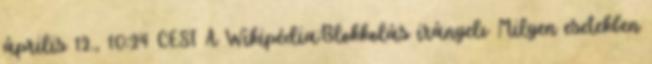
április 12., 10:24 CEST A Wikipédia:Blokkolás irányelv Milyen esetekben